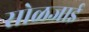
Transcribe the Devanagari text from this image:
सोळजाई